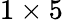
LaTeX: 1\times 5